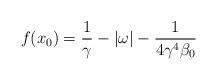
LaTeX: \begin{align*}f(x_0)= \frac1\gamma -|\omega|-\frac{1}{4\gamma ^4\beta_0}\end{align*}